Vital statistics of India. Vol. IV, Annual returns from 1871 to 1876. British Army of India, Native Army and jails of Bengal
Year: 1871
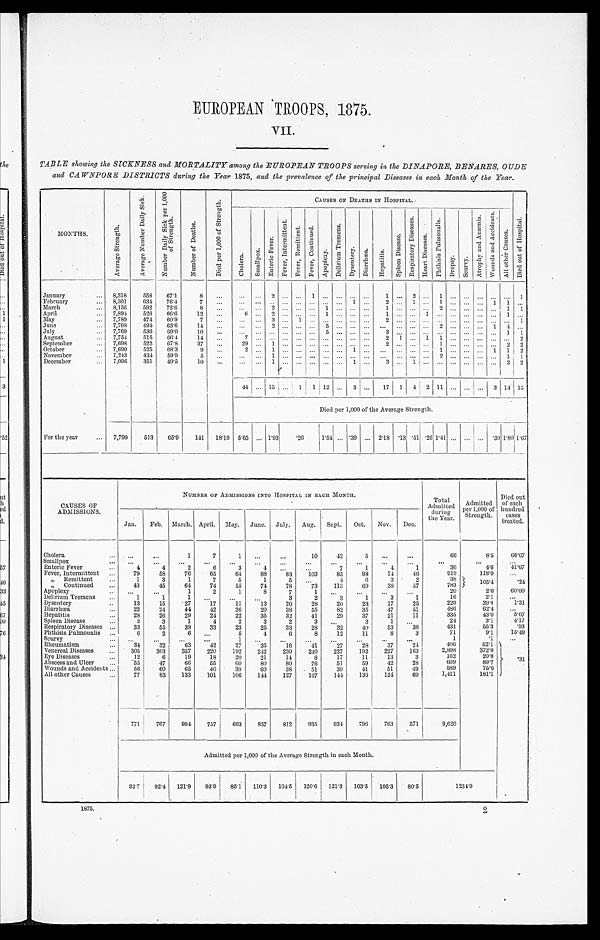
EUROPEAN TROOPS 1875.
VII.
TABLE showing the SICKNESS and MORTALITY among the EUROPEAN TROOPS serving in the DINAPORE, BENARES, OUDE
and CAWNPORE DISTRICTS during the Year 1875, and the prevalence of the principal Diseases in each Month of the Year.
MONTHS.
A v e r a g e S t r e n g t h .
A v e r a g e N u m b e r D a i l y S i c k .
N u m b e r D a i l y S i c k p e r 1 , 0 0 0
o f S t r e n g t h .
N u m b e r o f D e a t h s .
D i e s p e r 1 , 0 0 0 o f S t r e n g t h .
C A U S E S O F D E A T H S I N H O S P I T A L .
D i e d o u t o f H o s p i t a l .
C h o l e r a .
S m a l l p o x E n t e r i c F e v e r
F e v e r , I n t e r m i t t e n t . F e v e r , R E m i t t e n t . F e v e r , C o n t i n u e d .
A p o p l e x y .
D e l i r i u m T r e m e n s .
D y s e n t e r y . D i a r r h œ a . H e p a t i t i s .
S p l e e n D i s e a s e s .
R e s p i r a t o r y D i s e a s e s .
H e a r t D i s e a s e s .
P h t h i s i s P u l m o n a l i s .
D r o p s y .
S c u r v y . A t r o p h y a n d A n æ m i a . W o u n d s a n d A c c i d e n t s .
A l l o t h e r C a u s e s .
January
8,318 558 67.1
8
2
1
1
2
1
1
February
8,301 634 76.4
7
1
2
1
1
1 1
March
8,156 592 72.6
8
2
1
1
2
1 1
April
7,894 526 66.6 12
6
2
1
1
1
1
May
7,789 474 60.9
7
3
1
2
1
June
7,768 494 63.6 14
2
5
2
1 4
July
7,769 536 69.0 10
5
3
1 1
August
7,754 515 66.4 14
7
2 1
1 1
2
September
7,698 522 67.8 37
29
1
2 1
2
2
October
7,690 525 68.3
9
2
1
1
1
1 1 2
November
7,243 434 59.9
5
1
2
1
1
December
7,096 351 49.5 10
1
1
3
1
2
2
4 4 15
1 1 12
3
17 1 4 2 11
3 3 14 13
Died per 1,000 of the Average Strength.
For the year 7,790 513 65.9 141 18.10 5.65 1.93 .26
1.54 .39
2.18 .13 .51 .26 1.41
. 3 9 1.80
1 . 6 7
CAUSES OF
ADMISSIONS.
NUMBER OF ADMISSIONS INTO HOSPITAL IN EACH MONTH.
Total
Admitted during
the Year.
Admitted
per 1,000 of
Strength. Strength.
Died out
of each
hundred
cases
treated.
Jan. Feb. March. April. May. June. July. Aug. Sept. Oct. Nov. Dec.
Cholera
1
7
1
10
42
5
66
8.5 66. 67
Smallpox Enteric Fever
4
4
2
6
3
4
7
1
4
1
36
4.6 41. 67
Fever, Intermittent
79
58
76
65
64 88
83 103
85
98
74 46
919
118.0
" R e m i t t e n t
1
3
1
7
5
1
5
4
6
3
2
38
105.4
. 2 4
" C o n t i n u e d
43
45
64
74
55
74
78
73 113
69
38
57
783
Apoplexy
1
2
1
8
7
1
2 0
2 . 6
6 0 . 0 0
Delirium Tremens
1
1
1
3
2
3
1
3
1
16
2.1
Dysentery
13
15
27
17
11
1 3
20
28
20
23
17
25
229
2 9 . 4 1 . 3 1
Diarrhœa 22
24
44
42
26
20
38
55
82
35
47
51
4 8 6
6 2 . 4
Hepatitis
28
26
29
24
22
35
32 41
29
37
21
11
3 3 5
4 3 . 0 5.07
Spleen Disease
2
3
1
4
2
3
2
3
3
1
2 4
3 . 1
4 . 1 7
Respiratory Diseases
33
55
38
33
23
25
33
28
32
40
53
38
431
55.3
. 9 3
Phthisis Pulmonalis
6
2
6
5
4
6
8
12
11
8
3
7 1
9 . 1
1 5 . 4 9
Scurvy
1
. . .
1
. 1
. 3 1
Rheumatism
34
3 2 63
42
27
35
1 6
41
2 7
2 8
37
24
4 0 6
52.0
Venereal Diseases
305 303 357 220 192 242 230 240 227 192 227 163
2,898
3 7 2 . 0
Eye Diseases
12
6
19
18
20
21
14
8 17
11
13
3
1 6 2
2 0 . 8
Abscess and Ulcer
55
47
66
55
60
80
80
76
51
59
42
28
6 9 9
8 9 . 7
Wounds and Accidents
56
60
65
40
39
60
38
51
39
41
51
49
589
75.6
All other Causes
77
83 133 101 106 144 127 167 144 136 124 69
1,411
181.1
771 767 994 757 663 857 812 935 934 796 763 571
9,620
Admitted per 1,000 of the Average Strength in each Month.
92.7 92.4 121.9 95.9 85.1 110.3 104.5 120.6 121.3 103.5 105.3 80.5
1 2 3 4 . 9
1875.
2